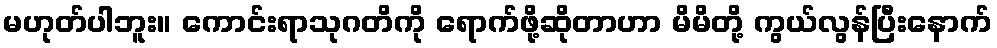
မဟုတ်ပါဘူး။ ကောင်းရာသုဂတိကို ရောက်ဖို့ဆိုတာဟာ မိမိတို့ ကွယ်လွန်ပြီးနောက်